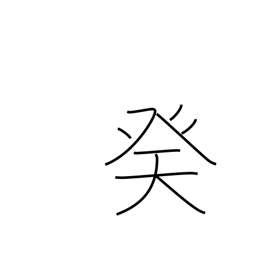
Meaning: 10th calendar sign